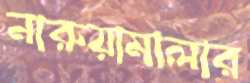
নারুয়ামালার